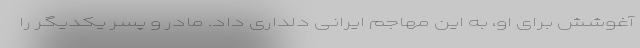
آغوشش برای او، به این مهاجم ایرانی دلداری داد. مادر و پسر یکدیگر را